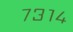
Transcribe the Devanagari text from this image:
७३१४